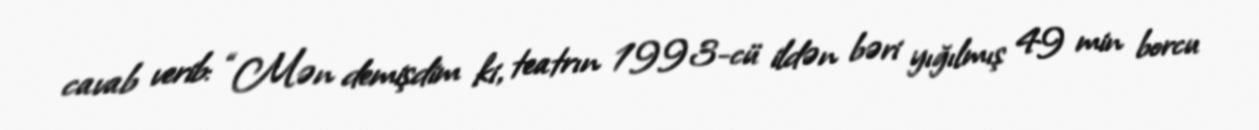
cavab verib: “Mən demişdim ki, teatrın 1993-cü ildən bəri yığılmış 49 min borcu